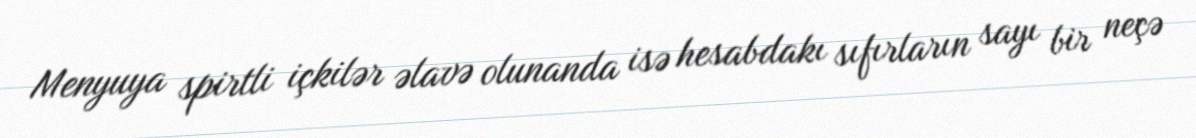
Menyuya spirtli içkilər əlavə olunanda isə hesabdakı sıfırların sayı bir neçə